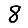
Digit: 8